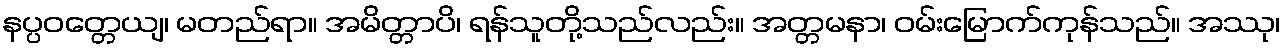
နပ္ပဝတ္တေယျ၊ မတည်ရာ။ အမိတ္တာပိ၊ ရန်သူတို့သည်လည်း။ အတ္တမနာ၊ ဝမ်းမြောက်ကုန်သည်။ အဿု၊